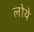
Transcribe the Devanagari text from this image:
लोये